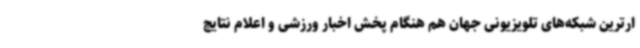
ارترین شبکه‌های تلویزیونی جهان هم هنگام پخش اخبار ورزشی و اعلام نتایج